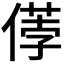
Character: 𠍤